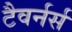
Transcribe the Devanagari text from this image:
टैवर्नर्स